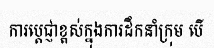
ការប្តេជ្ញាខ្ពស់ក្នុងការដឹកនាំក្រុម បើ